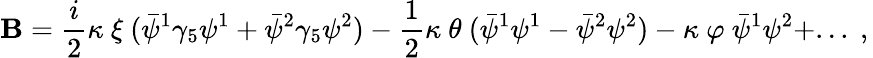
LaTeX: \mathbf{B}={\frac{{i}}{{2}}}\kappa\ \xi\ (\bar{{\psi}}^{1}\gamma_{5}\psi^{1}+\bar{{\psi}}^{2}\gamma_{5}\psi^{2})-{\frac{{1}}{{2}}}\kappa\ \theta\ (\bar{{\psi}}^{1}\psi^{1}-\bar{{\psi}}^{2}\psi^{2})-\kappa\ \varphi\ \bar{{\psi}}^{1}\psi^{2}+...\ ,\,